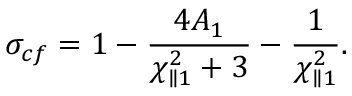
\sigma _ { c f } = 1 - \frac { 4 A _ { 1 } } { \chi _ { \parallel 1 } ^ { 2 } + 3 } - \frac { 1 } { \chi _ { \parallel 1 } ^ { 2 } } .